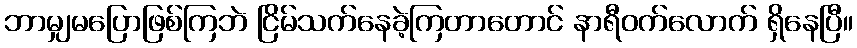
ဘာမျှမပြောဖြစ်ကြဘဲ ငြိမ်သက်နေခဲ့ကြတာတောင် နာရီဝက်လောက် ရှိနေပြီ။